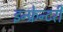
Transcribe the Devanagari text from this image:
इन्फ्रेन्टरी